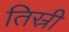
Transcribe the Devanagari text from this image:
तिस्री